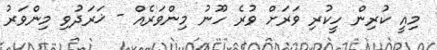
މިއީ ކުރިން ހީކުރި ވަރަށް ވުރެ ހޫނު މިންވަރެއް - ޚަރަދުވި މިންވަރު